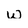
Character: w